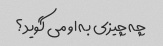
چه چیزی به او می گوید؟